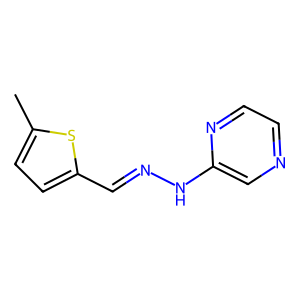
SMILES: Cc1ccc(C=NNc2cnccn2)s1
Inhibits HIV replication: No